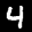
Label: 4